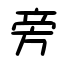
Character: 旁